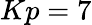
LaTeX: Kp=7